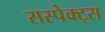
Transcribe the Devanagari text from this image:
सस्पेक्ट्स